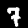
Label: 7